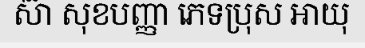
ស៊ា សុខបញ្ញា ភេទប្រុស អាយុ